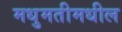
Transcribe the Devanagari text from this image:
मधुमतीमधील